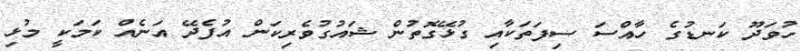
ހުވަދޫ ކަނޑުގެ ހާއްސަ ސިފަތަކާއި ގުޅޭގޮތުން ޝައުގުވެރިކަން އުފެދޭ އަނެއް ކަމަކީ މުޅި